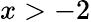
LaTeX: x>-2